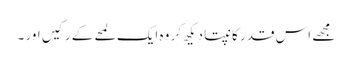
مجھے اس قدر کانپتا دیکھ کر وہ ایک لمحے کے رکیں اور ۔